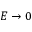
E \to 0